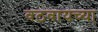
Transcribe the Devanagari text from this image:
वठवायच्या